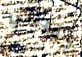
حقيبتي